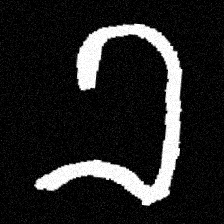
Pyu character \u2014 Myanmar letter: ခ (romanized: kha)